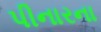
પીનારના